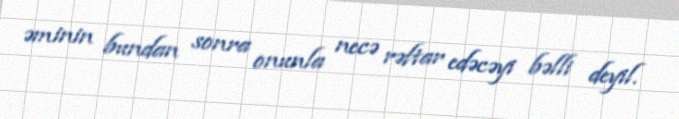
əminin bundan sonra onunla necə rəftar edəcəyi bəlli deyil.